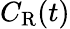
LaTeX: C_{\mathrm{R}}(t)